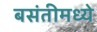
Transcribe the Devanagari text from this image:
बसंतीमध्ये